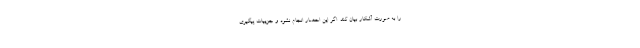
را به صورت آشکار بیان کند. اگر این احضار انجام نشود و جزییات پیگیری